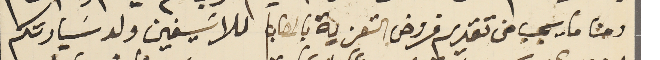
ومنا ما يجب من تقديم فروض التعزية بالمصاب للاسَيفين ولد سَيادتكم